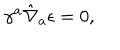
\gamma ^ { a } \hat { \nabla } _ { a } \epsilon = 0 ,